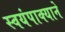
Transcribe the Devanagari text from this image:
स्वयंपाक्याने